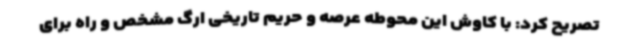
تصریح کرد: با کاوش این محوطه عرصه و حریم تاریخی ارگ مشخص و راه برای